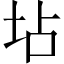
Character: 坫